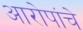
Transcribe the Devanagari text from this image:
आरोपांचे